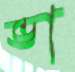
ভা